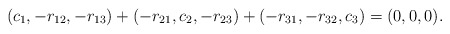
\begin{align*}(c_1,-r_{12},-r_{13}) + (-r_{21},c_2,-r_{23}) + (-r_{31},-r_{32},c_3) = (0,0,0).\end{align*}